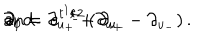
\partial _ { 0 } = \partial _ { u _ { + } } + \partial _ { u _ { - } } \hspace { 1 c m } \mathrm { a n d } \hspace { 1 c m } \partial _ { 1 } = \, e ^ { t ^ { 1 } / 2 } \, ( \partial _ { u _ { + } } - \partial _ { u _ { - } } ) \, .